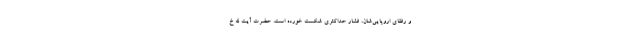
و رفقای اروپایی‌شان، فشار حداکثری شکست خورده است. حضرت آیت الله خ